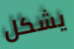
يشكل